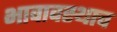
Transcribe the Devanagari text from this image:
भावावस्थाच